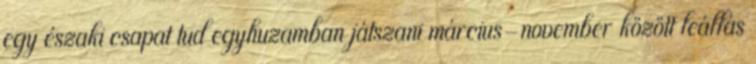
egy északi csapat tud egyhuzamban játszani március-november között leállás